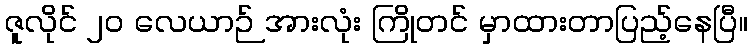
ဇူလိုင် ၂၀ လေယာဉ် အားလုံး ကြိုတင် မှာထားတာပြည့်နေပြီ။